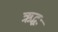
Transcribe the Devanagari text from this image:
ऋद्धः